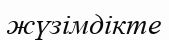
жүзімдікте